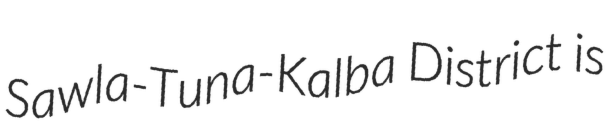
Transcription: Sawla-Tuna-Kalba District is